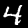
Label: 4